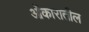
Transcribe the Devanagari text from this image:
ओंकारातील